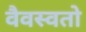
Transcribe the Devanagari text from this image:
वैवस्वतो